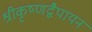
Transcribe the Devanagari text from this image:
श्रीकृष्णद्वैपायन